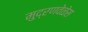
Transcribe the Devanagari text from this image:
मुद्रणवेळेस